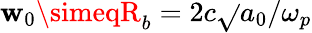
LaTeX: \mathbf{w}_{0}\simeqR_{b}=2c\sqrt{}{{a_{0}}}/\omega_{p}